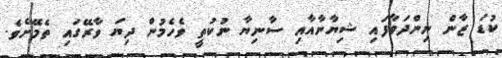
ކުޑަ ޒާން ނިންދަވާފައި ޝިޔާނާއާއި ސާނިޔާ ނުކުތީ ވެހެމުން ދިޔަ ވާރޭގައި ތެމޭށެވެ.